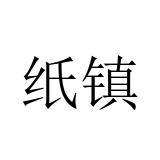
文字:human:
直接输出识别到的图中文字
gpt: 纸镇